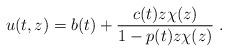
LaTeX: \begin{align*}u(t,z)=b(t)+\frac{c(t) z\chi(z)}{1-p(t)z\chi(z)}\ .\end{align*}